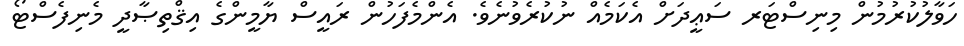
ހަވާލުކުރުމުން މިނިސްޓަރ ސަޢީދަށް އެކަމެއް ނުކުރެވުނެވެ. އެންމެފަހުން ރައީސް ޔާމީންގެ އިޤްތިޞާދީ މެނިފެސްޓޯ